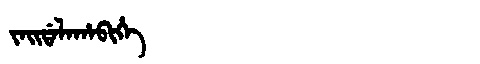
Manchu: ᠵᠠᡳᡩᠠᠯᠠᡥᠠᠪᡳᡥᡝ
Romanization: JAIDALAHABIHE